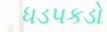
ધડપકડો